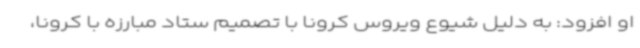
او افزود: به دلیل شیوع ویروس کرونا با تصمیم ستاد مبارزه با کرونا،